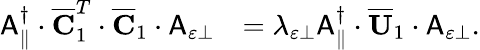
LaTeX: \begin{array}{rl}{\mathsf{A}_{\parallel}^{\dagger}\cdot\overline{{\mathbf{C}}}_{1}^{T}\cdot\overline{{\mathbf{C}}}_{1}\cdot\mathsf{A}_{\varepsilon\perp}}&{=\lambda_{\varepsilon\perp}\mathsf{A}_{\parallel}^{\dagger}\cdot\overline{{\mathbf{U}}}_{1}\cdot\mathsf{A}_{\varepsilon\perp}.}\end{array}